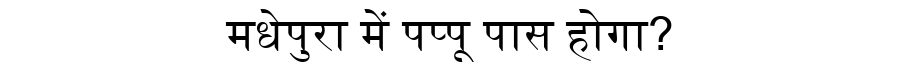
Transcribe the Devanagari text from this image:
मधेपुरा में पप्पू पास होगा?